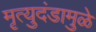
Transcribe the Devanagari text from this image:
मृत्युदंडामुळे